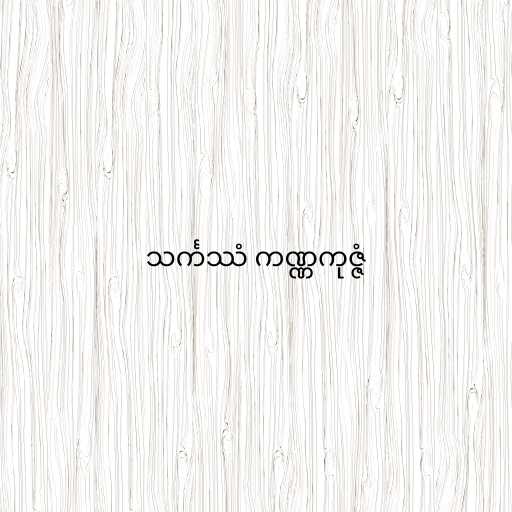
သင်္ကဿံ ကဏ္ဏကုဇ္ဇံ